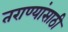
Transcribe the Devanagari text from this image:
तराण्यांसाठी